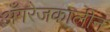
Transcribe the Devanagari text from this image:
अँगरेजकालीन